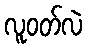
လူဝတ်လဲ